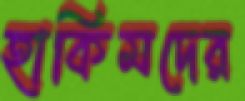
হাকিমদের